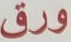
ورق